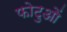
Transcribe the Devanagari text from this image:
फोटुओं